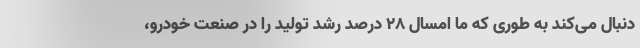
دنبال می‌کند به طوری که ما امسال 28 درصد رشد تولید را در صنعت خودرو،